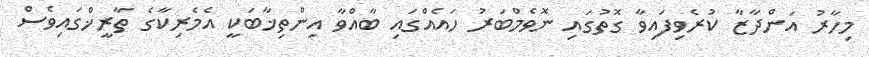
މިހާރު އަންދާޒާ ކުރެވިފައިވާ ގޮތުގައި ނޮވެމްބަރު ހައެއްގައި ބާއްވާ އިންތިޚާބަކީ އެމެރިކާގެ ތާރީޚްގައިވެސް